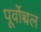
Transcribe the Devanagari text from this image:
पूर्वोच्चल